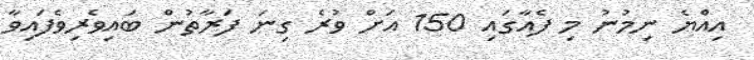
އިއްޔެ ނިމުނު މި ފެއާގައި 150 އަށް ވުރެ ގިނަ ފަރާތުން ބައިވެރިވެފައިވާ